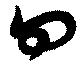
曰